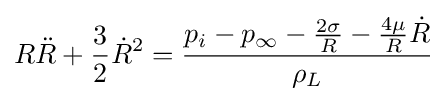
R{\ddot {R}}+{\frac {3}{2}}{\dot {R}}^{2}={\frac {p_{i}-p_{\infty }-{\frac {2\sigma }{R}}-{\frac {4\mu }{R}}{\dot {R}}}{\rho _{L}}}